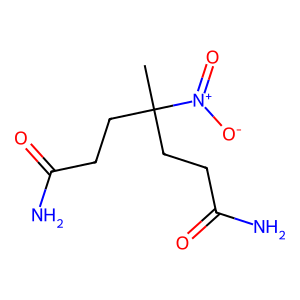
SMILES: CC(CCC(N)=O)(CCC(N)=O)[N+](=O)[O-]
Inhibits HIV replication: No